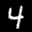
Label: 4